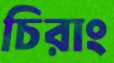
চিরাং